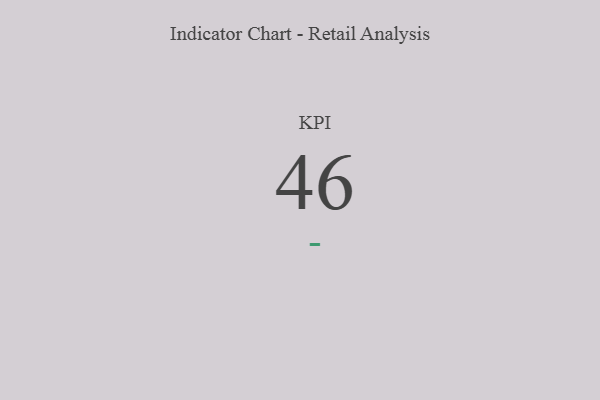
{"axis": {"x": "KPI", "y": "Value"}, "legend": [""], "data": [{"x": "KPI", "y": 46, "type": ""}]}